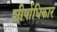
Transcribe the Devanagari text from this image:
शीर्षाधिकार